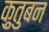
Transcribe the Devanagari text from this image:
क़ुतुबन